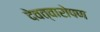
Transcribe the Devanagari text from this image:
देवत्वारोपण